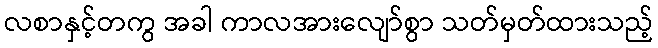
လစာနှင့်တကွ အခါ ကာလအားလျော်စွာ သတ်မှတ်ထားသည့်